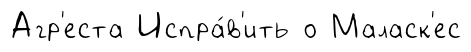
Агр'еста Испра́в'ить о Маласк'ес